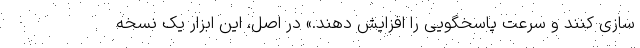
سازی کنند و سرعت پاسخگویی را افزایش دهند.» در اصل، این ابزار یک نسخه